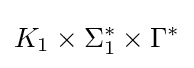
K_{1}\times \Sigma _{1}^{*}\times \Gamma ^{*}